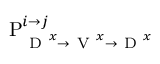
\mathrm { P } _ { \mathrm { ~ D ~ } ^ { x } \rightarrow \mathrm { ~ V ~ } ^ { x } \rightarrow \mathrm { ~ D ~ } ^ { x } } ^ { i \rightarrow j }